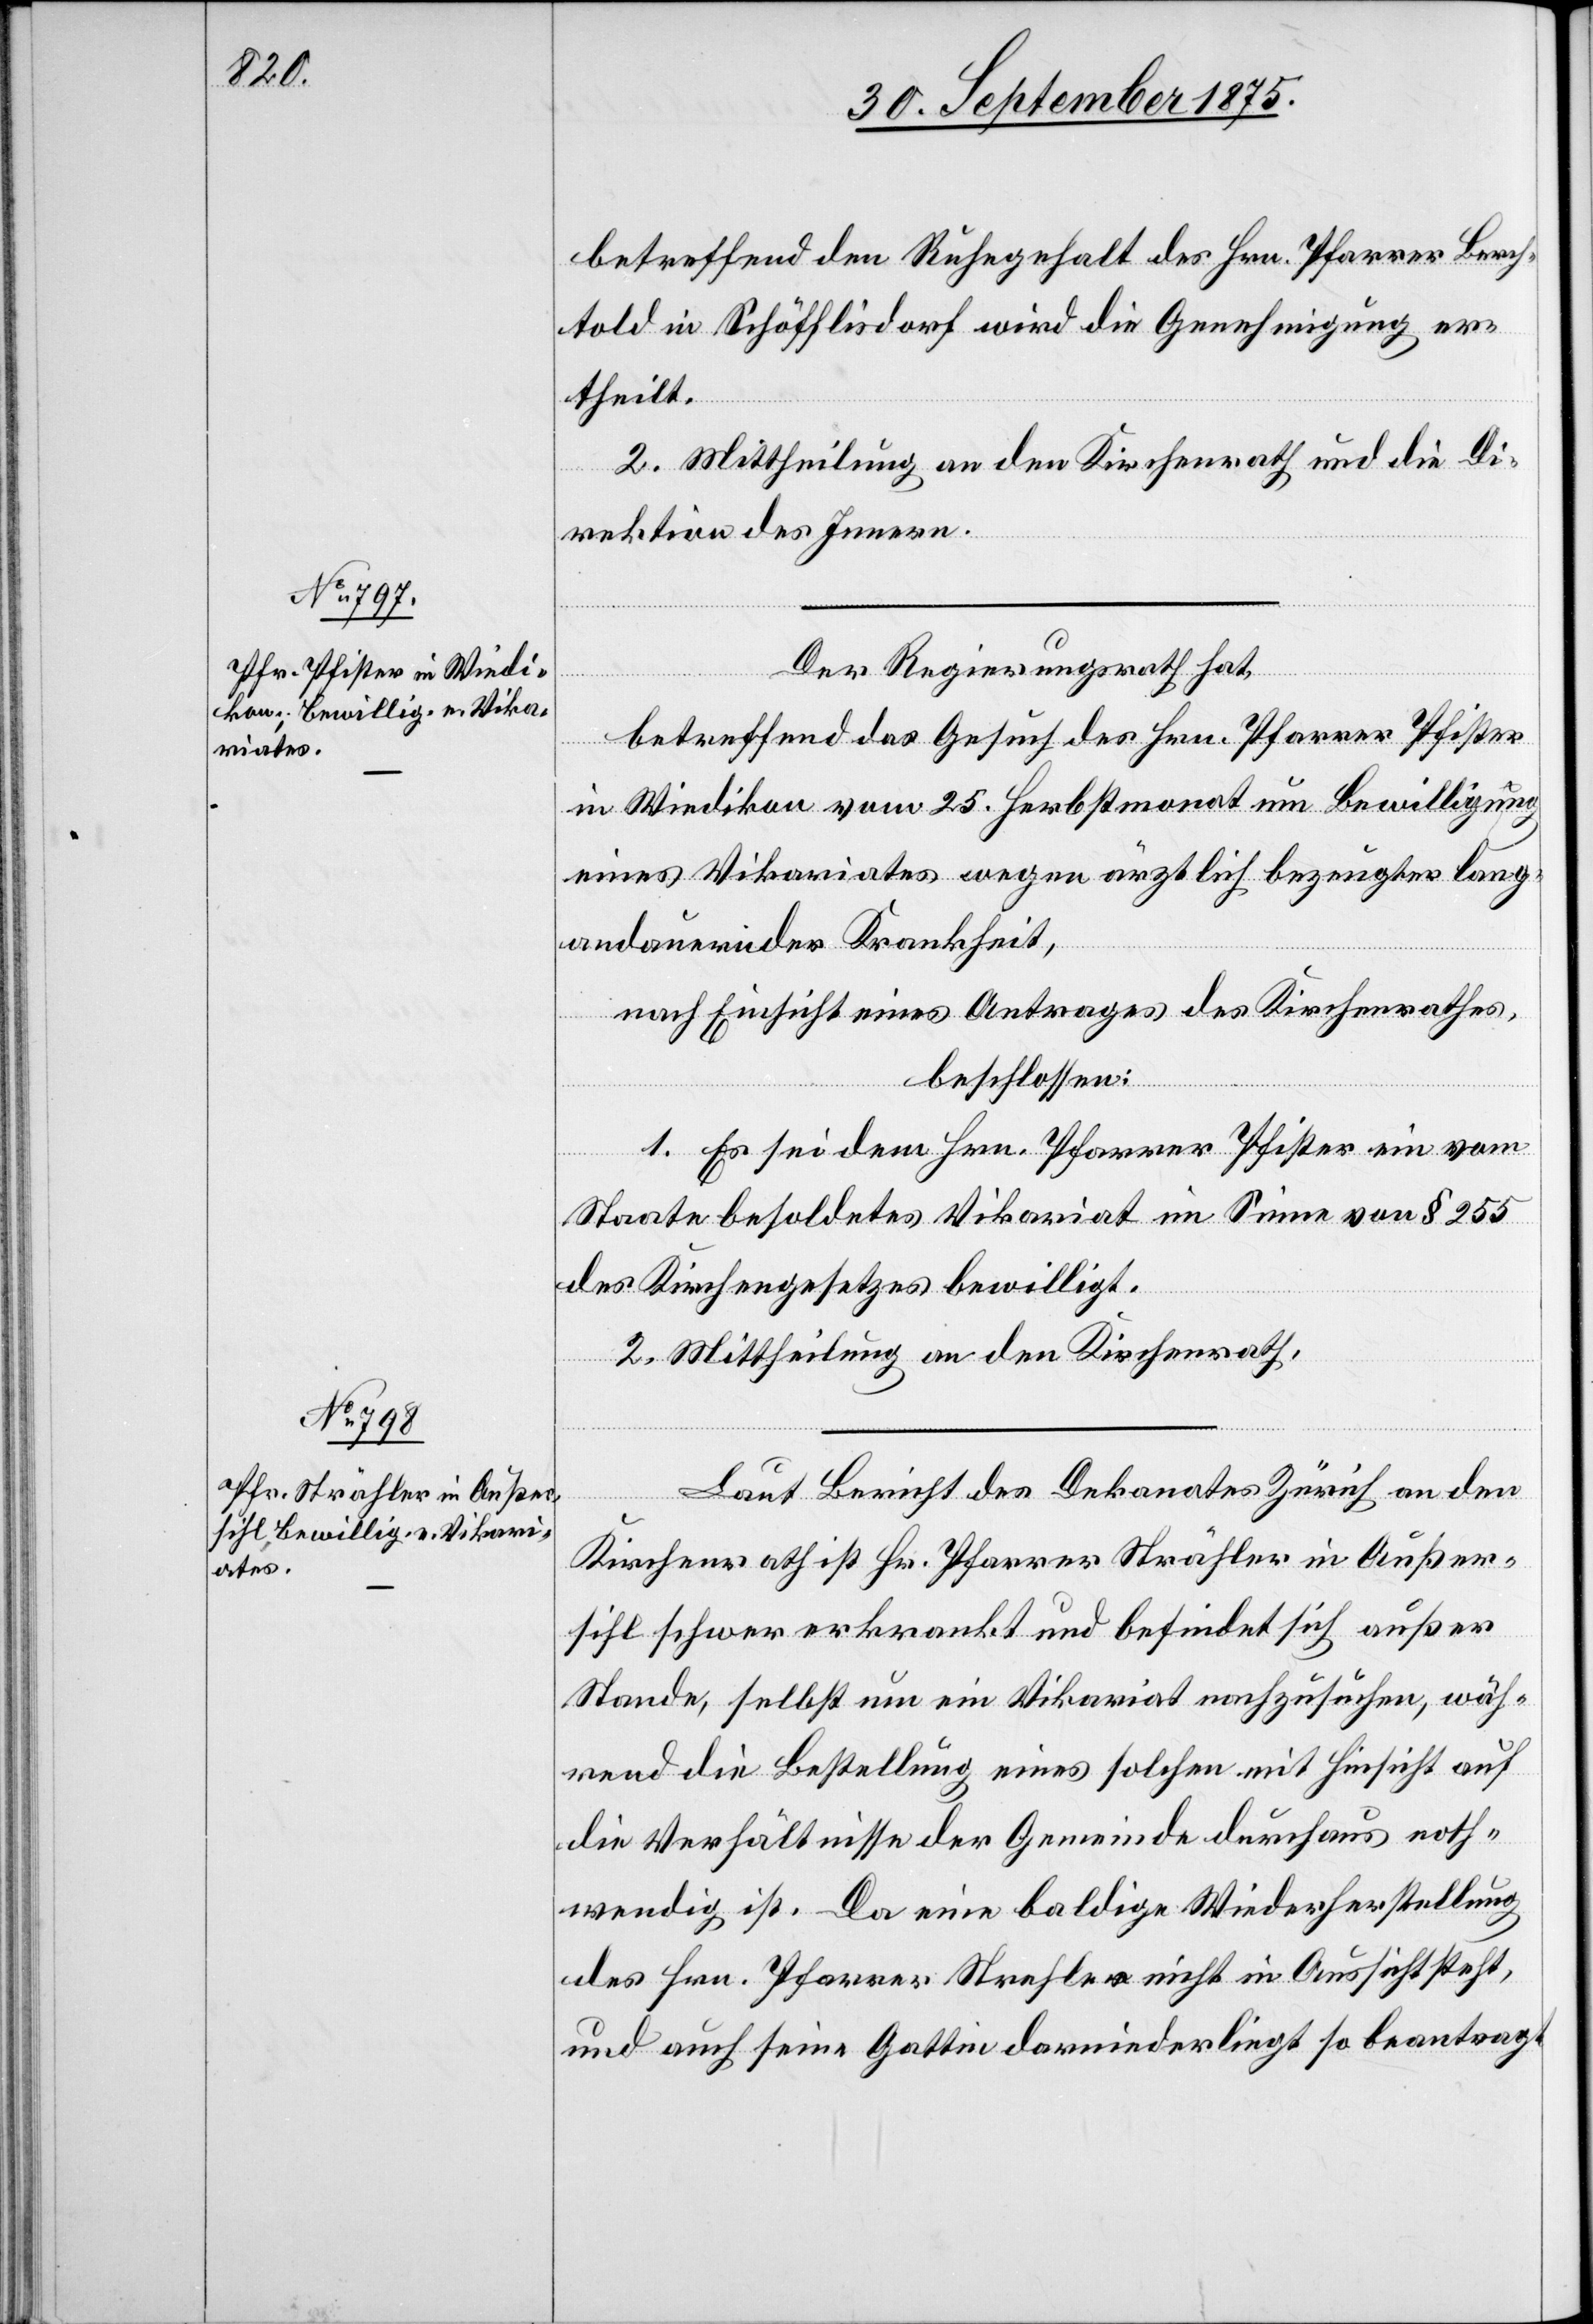
betreffend den Ruhegehalt des Hrn. Pfarrer Berch¬
told in Schöfflisdorf wird die Genehmigung er¬
theilt.
2. Mittheilung an den Kirchenrath und die Di¬
rektion des Innern.
Der Regierungsrath hat,
betreffend das Gesuch des Hrn. Pfarrer Pfister
in Wiedikon vom 25. Herbstmonat um Bewilligung
eines Vikariates wegen ärztlich bezeugter lang¬
andauernder Krankheit,
nach Einsicht eines Antrages des Kirchenrathes,
beschlossen:
1. Es sei dem Hrn. Pfarrer Pfister ein vom
Staate besoldetes Vikariat im Sinne von § 255
des Kirchengesetzes bewilligt.
2. Mittheilung an den Kirchenrath.
Laut Bericht des Dekanates Zürich an den
Kirchenrath ist Hr. Pfarrer Strähler in Außer¬
sihl schwer erkrankt und befindet sich außer
Stande, selbst um ein Vikariat nachzusuchen, wäh¬
rend die Bestellung eines solchen mit Hinsicht auf
die Verhältnisse der Gemeinde durchaus noth¬
wendig ist. Da eine baldige Wiederherstellung
des Hrn. Pfarrer Strehler [sic!] nicht in Aussicht steht,
und auch seine Gattin darniederliegt so beantragt